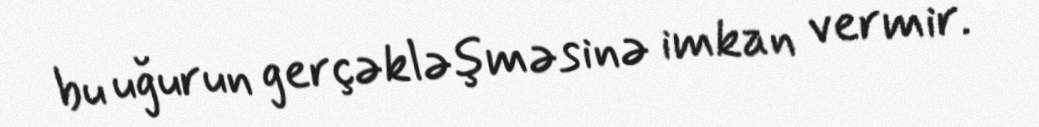
bu uğurun gerçəkləşməsinə imkan vermir.